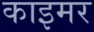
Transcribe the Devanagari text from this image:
काइमर